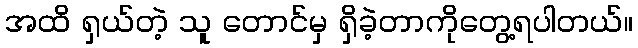
အထိ ရှယ်တဲ့ သူ တောင်မှ ရှိခဲ့တာကိုတွေ့ရပါတယ်။